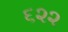
૬૨૨